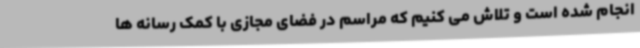
انجام شده است و تلاش می کنیم که مراسم در فضای مجازی با کمک رسانه ها